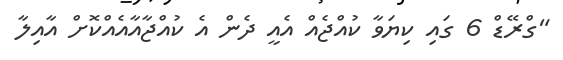
"ގްރޭޑް 6 ގައި ކިޔަވާ ކުއްޖެއް އެއީ ދެން އެ ކުއްޖާއާއެއްކޮށް އާއިލާ